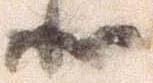
状